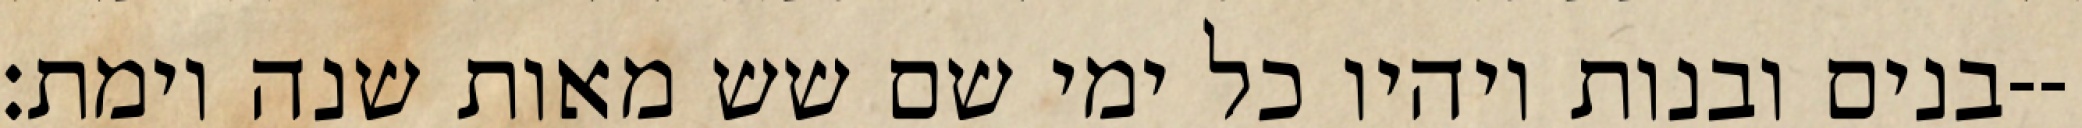
בנים ובנות ויהיו כל ימי שם שש מאות שנה וימת׃--